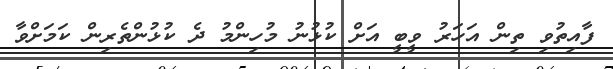
ފާއިތުވި ތިން އަހަރު ވީބީ އަށް ކުޅުނު މުހިންމު ދެ ކުޅުންތެރިން ކަމަށްވާ